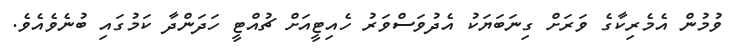
ވުމުން އެމެރިކާގެ ވަރަށް ގިނަބަޔަކު އެދުވަސްވަރު ހެއިޓީއަށް ޗުއްޓީ ހަދަންދާ ކަމުގައި ބުނެވެއެވެ.